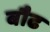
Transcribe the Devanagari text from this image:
बौढ